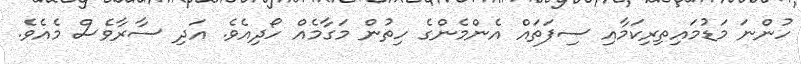
ހުންނަ މަޑުމައިތިރިކަމާއި ސިފަތައް އެންމެންގެ ހިތުން މަގާމެއް ހޯދިއެވެ. އަދި ސާރާވެސް މެއެވެ.